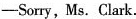
-Sorry, Ms. Clark.